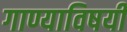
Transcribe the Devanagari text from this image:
गाण्याविषयी